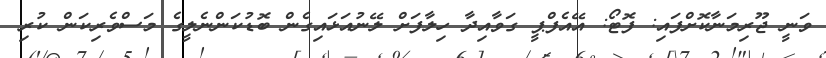
ވަނީ ޖޫރިމަނާކޮށްފައި: ފޮޓޯ: އޭއެފްޕީ ގަވާއިދާ ހިލާފަށް ލޭނުއަޅައިގެން ބޮޑުކަންނެލީގެ މަސްވެރިކަން ކުރި